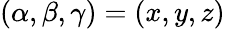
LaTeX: (\alpha,\beta,\gamma)=(x,y,z)